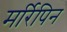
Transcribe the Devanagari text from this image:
मर्रिपिन